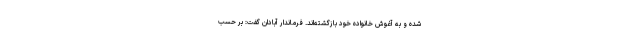
شده و به آغوش خانواده خود بازگشته‌اند. فرماندار آبادان گفت: بر حسب